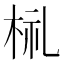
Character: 𣑶